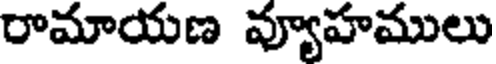
రామాయణ వ్యూహములు